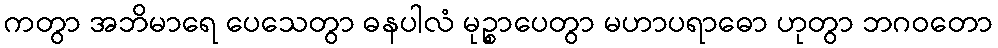
ကတွာ အဘိမာရေ ပေသေတွာ ဓနပါလံ မုဉ္စာပေတွာ မဟာပရာဓော ဟုတွာ ဘဂဝတော